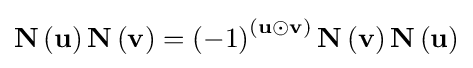
\mathbf {N\left(\mathbf {u} \right)N} \left(\mathbf {v} \right)=\left(-1\right)^{\left(\mathbf {u} \odot \mathbf {v} \right)}\mathbf {N} \left(\mathbf {v} \right)\mathbf {N} \left(\mathbf {u} \right)